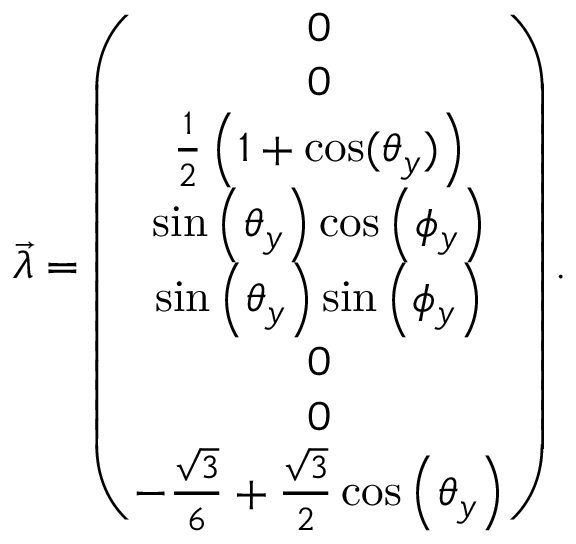
\begin{array} { r } { \overrightarrow { \lambda } = \left( \begin{array} { c } { 0 } \\ { 0 } \\ { \frac { 1 } { 2 } \left( 1 + \cos ( \theta _ { y } ) \right) } \\ { \sin \left( \theta _ { y } \right) \cos \left( \phi _ { y } \right) } \\ { \sin \left( \theta _ { y } \right) \sin \left( \phi _ { y } \right) } \\ { 0 } \\ { 0 } \\ { - \frac { \sqrt { 3 } } { 6 } + \frac { \sqrt { 3 } } { 2 } \cos \left( \theta _ { y } \right) } \end{array} \right) . } \end{array}